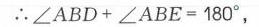
请补充图片内容，以便我完成任务。